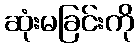
ဆုံးမခြင်းကို